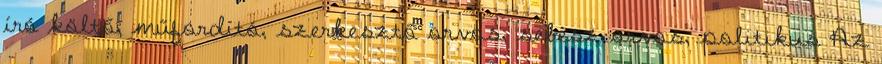
író költő, műfordító, szerkesztő orvos, sebész orvos, politikus Az